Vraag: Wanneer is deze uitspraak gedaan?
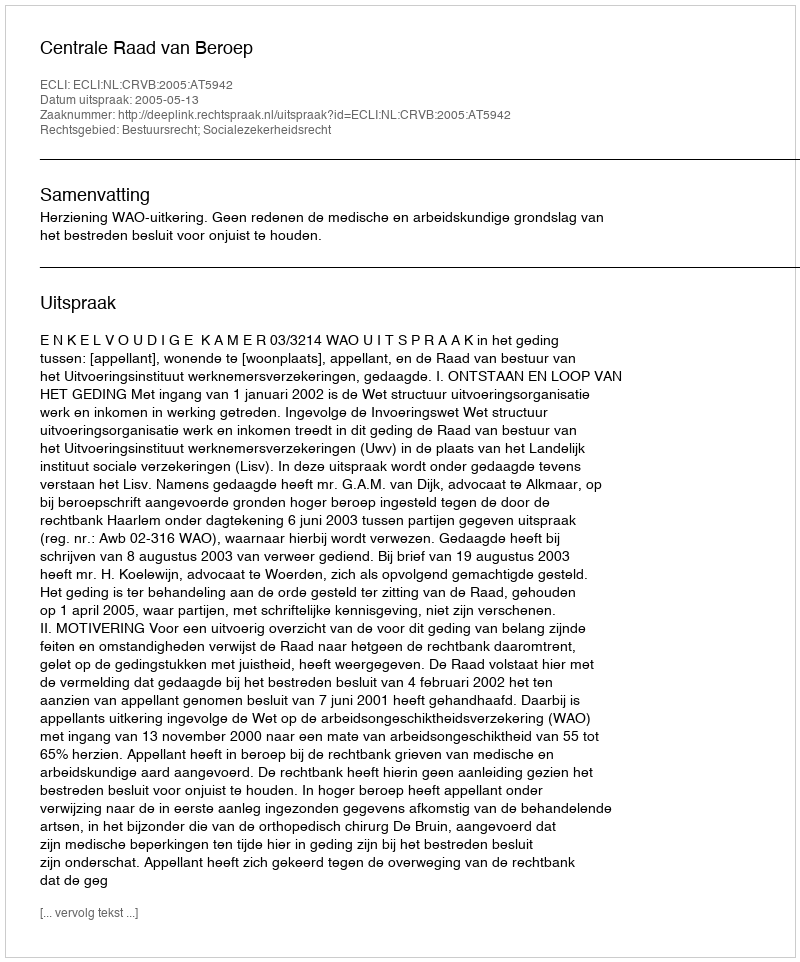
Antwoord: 2005-05-13